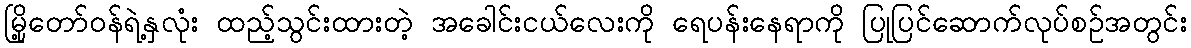
မြို့တော်ဝန်ရဲ့နှလုံး ထည့်သွင်းထားတဲ့ အခေါင်းငယ်လေးကို ရေပန်းနေရာကို ပြုပြင်ဆောက်လုပ်စဥ်အတွင်း